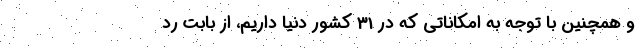
و همچنین با توجه به امکاناتی که در 31 کشور دنیا داریم، از بابت رد